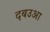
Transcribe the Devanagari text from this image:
दबउआ